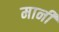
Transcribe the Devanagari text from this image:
मानीं